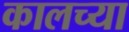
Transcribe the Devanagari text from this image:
कालच्या